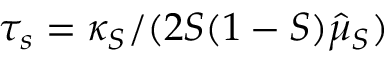
\tau _ { s } = \kappa _ { S } / ( 2 S ( 1 - S ) \hat { \mu } _ { S } )